Lunatic asylums United Provinces 1909-1921 - 1909-1921
Year: 1909
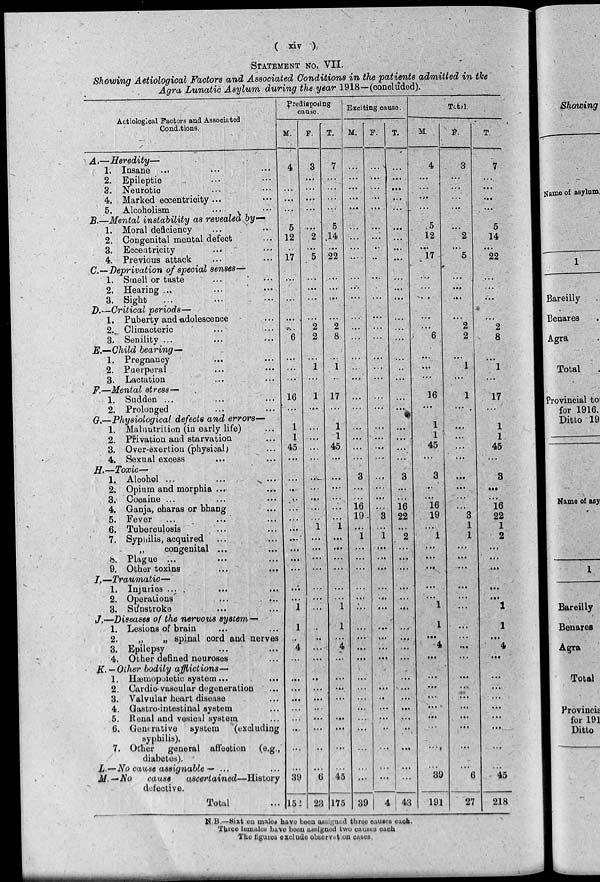
( xiv )
STATEMENT NO. VII.
Showing Aetiological Factors and Associated Conditions in the patients admitted in the
Agra Lunatic Asylum during the year 1918—(concluded).
Aetiological Factors and Associated
Conditions.
A.—Heredity—
1. Insane ... ...
2. Epileptic ... ...
3. Neurotic ... ...
4. Marked eccentricity ... ...
5. Alcoholism ... ...
B.—Mental instability as revealed by—
1. Moral deficiency ... ...
2. Congenital mental defect ...
3. Eccentricity
... ...
4. Previous attack ... ...
C—Deprivation of special senses—
1. Smell or taste ... ...
2. Hearing ... ... ...
3. Sight ... ... ...
D.—Critical periods—
1. Puberty and adolescence ...
2. Climacteric ... ...
3. Senility ... ... ...
E.—Child bearing—
1. Pregnancy ... ...
2. Puerperal ... ...
3. Lactation ... ...
F.—Mental stress—
1. Sudden ... ... ...
2. Prolonged ... ...
G.—Physiological defects and errors—
1. Malnutrition (in early life) ...
2. Privation and starvation ...
3. Over-exertion (physical) ...
4. Sexual excess ... ...
H.—Toxic—
1. Alcohol ... ... ...
2. Opium and morphia ... ...
3. Cocaine ... ... ...
4. Ganja, charas or bhang ...
5. Fever ... ... ...
6. Tuberculosis ... ...
7. Syphilis, acquired ... ...
„
congenital ... ...
8. Plague ... ... ...
9. Other toxins
...
...
I.—Traumatic—
1. Injuries ... ... ...
2. Operations ... ...
3. Sunstroke ... ...
J.—Diseases of the nervous syscem—
1. Lesions of brain ... ...
2.
„
„ spinal cord and nerves
3. Epilepsy ... ...
4. Other defined neuroses ...
K. — Other bodily afflictions—
1. Hæmopoietic system...
...
2. Cardiovascular degeneration ...
3. Valvular heart disease ...
4. Gastro-intestinal system ...
5. Renal and vesical system ...
6. Generative system
(excluding
syphilis).
7. Other general affection (e.g.,
diabetes).
L.—No cause assignable — ...
M.—No
cause
ascertained—History
defective.
Total ...
Predisposing
cause.
M.
4
...
...
...
...
5
12
..
17
...
...
...
...
6
...
...
...
16
...
1
1
45
...
...
...
..
...
...
...
...
...
...
...
...
...
1
...
...
4
...
...
...
...
...
...
...
...
...
39
152
F.
3
...
...
...
...
...
2
...
5
...
...
...
...
2
2
...
1
...
1
...
...
...
...
...
...
...
...
...
...
1
...
...
...
...
...
...
...
...
...
...
...
...
...
...
...
...
...
...
...
6
23
T.
7
...
...
...
...
5
14
...
22
...
...
...
...
2
8
...
1
...
17
...
1
1
45
...
...
...
...
...
1
...
...
...
...
...
...
1
1
...
4
...
...
...
...
...
...
...
...
...
45
175
Exciting cause.
M.
...
...
...
...
...
...
...
...
...
...
...
...
...
...
...
...
...
...
...
...
...
...
...
...
3
...
...
16
19
...
1
...
...
...
...
...
...
...
...
...
...
...
...
...
...
...
...
...
...
...
39
F.
...
...
...
...
...
...
...
..
...
...
.
...
...
...
...
...
...
...
...
...
...
...
...
...
...
...
...
...
3
...
1
...
...
...
...
...
...
...
...
...
...
...
...
...
...
...
..
...
...
...
4
T.
...
...
...
...
...
...
...
...
...
...
...
...
...
...
...
...
..
...
...
...
...
...
...
...
3
...
...
16
22
...
2
...
...
...
...
...
...
...
...
...
...
...
...
...
...
...
...
...
...
...
43
Total.
M.
4
...
...
...
...
5
12
...
17
....
...
...
...
...
6
...
...
...
16
...
1
1
45
...
3
...
...
16
19
...
1
...
...
...
...
...
1
1
...
4
...
...
...
...
...
...
...
...
...
39
191
F
3
...
...
...
...
...
2
...
5
...
...
...
...
2
2
...
1
...
1
...
...
...
...
...
...
...
...
...
3
1
1
...
...
...
...
...
...
...
...
...
...
...
...
...
...
...
...
...
...
6
27
T.
7
...
...
...
...
5
14
...
22
...
...
...
...
2
8
...
1
...
17
...
1
1
45
...
3
...
...
16
22
1
2
...
...
...
...
...
1
1
...
4
...
...
...
...
...
...
...
...
...
45
218
N. B.—Sixteen males have been assigned three causes each.
Three females have been assigned two causes each
The figures exclude observation cases.